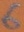
Text: 6